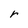
Character: r